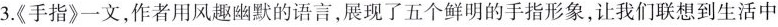
3.《手指》一文，作者用风趣幽默的语言，展现了五个鲜明的手指形象，让我们联想到生活中